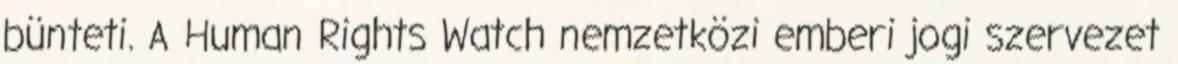
bünteti. A Human Rights Watch nemzetközi emberi jogi szervezet